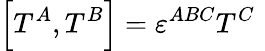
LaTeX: \left[T^{A},T^{B}\right]=\varepsilon^{ABC}T^{C}\, \,